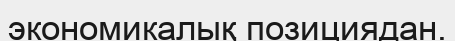
экономикалық позициядан.